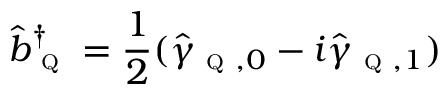
\hat { b } _ { \textsc { q } } ^ { \dagger } = \frac { 1 } { 2 } ( \hat { \gamma } _ { \textsc { q } , 0 } - i \hat { \gamma } _ { \textsc { q } , 1 } )